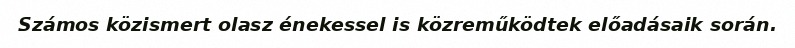
Számos közismert olasz énekessel is közreműködtek előadásaik során.